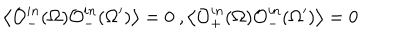
\left< \mathcal { O } _ { - } ^ { i n } ( \Omega ) \mathcal { O } _ { - } ^ { i n } ( \Omega ^ { \prime } ) \right> = 0 \ , \left< \mathcal { O } _ { + } ^ { i n } ( \Omega ) \mathcal { O } _ { - } ^ { i n } ( \Omega ^ { \prime } ) \right> = 0